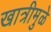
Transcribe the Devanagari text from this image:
खात्रीमुळे